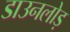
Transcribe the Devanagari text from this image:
डाउनलोड़